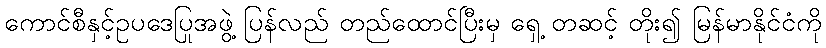
ကောင်စီနှင့်ဥပဒေပြုအဖွဲ့ ပြန်လည် တည်ထောင်ပြီးမှ ရှေ့ တဆင့် တိုး၍ မြန်မာနိုင်ငံကို